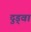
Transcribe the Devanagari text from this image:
दुड्वा